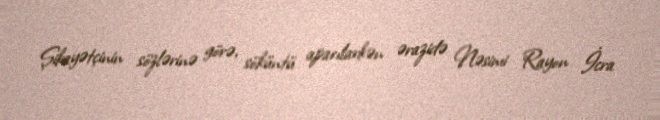
Şikayətçinin sözlərinə görə, söküntü aparılarkən ərazidə Nəsimi Rayon İcra